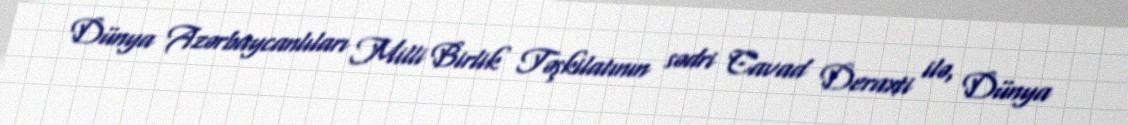
Dünya Azərbaycanlıları Milli Birlik Təşkilatının sədri Cavad Deraxti ilə, Dünya